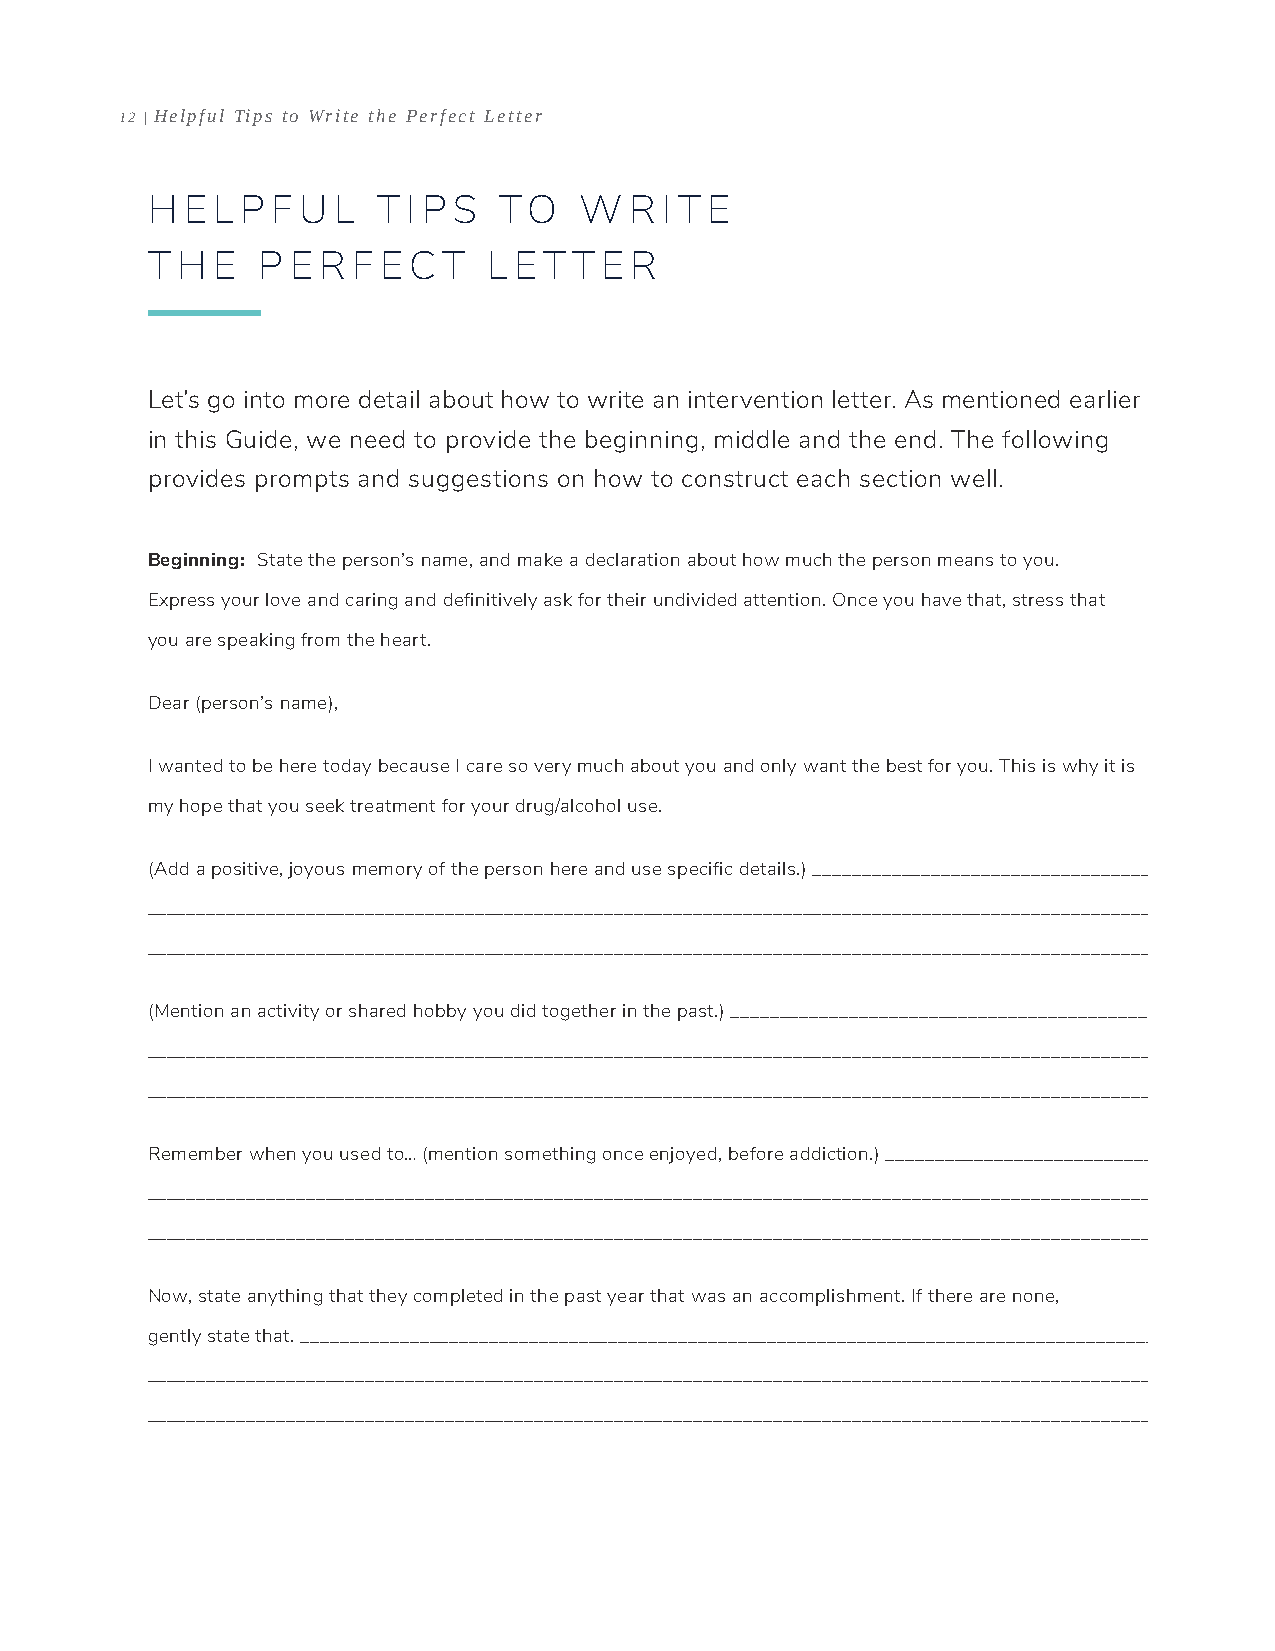
12 | Helpful Tips to Write the Perfect Letter
 H E L P F U L  T I P S TO   W   R I T E
 T H E  P E R F ECT    L ET  T E R
 Let’s go into more detail about how to write an intervention letter. As mentioned earlier
 in this Guide, we need to provide the beginning, middle and the end. The following
 provides prompts and suggestions on how to construct each section well.
 Beginning: State the person’s name, and make a declaration about how much the person means to you.
 Express your love and caring and definitively ask for their undivided attention. Once you have that, stress that
 you are speaking from the heart.
 Dear (person’s name),
 I wanted to be here today because I care so very much about you and only want the best for you. This is why it is
 my hope that you seek treatment for your drug/alcohol use.
 (Add a positive, joyous memory of the person here and use specific details.) __________________________________
 _____________________________________________________________________________________________________
 _____________________________________________________________________________________________________
 (Mention an activity or shared hobby you did together in the past.) __________________________________________
 _____________________________________________________________________________________________________
 _____________________________________________________________________________________________________
 Remember when you used to… (mention something once enjoyed, before addiction.) ___________________________
 _____________________________________________________________________________________________________
 _____________________________________________________________________________________________________
 Now, state anything that they completed in the past year that was an accomplishment. If there are none,
 gently state that. ______________________________________________________________________________________
 _____________________________________________________________________________________________________
 _____________________________________________________________________________________________________